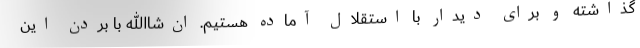
گذاشته و برای دیدار با استقلال آماده هستیم. ان‌شاالله با بردن این